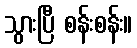
သွားပြီ စန်းစန်း။